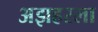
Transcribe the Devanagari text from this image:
अझहरला